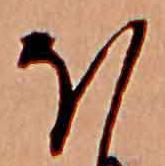
ほ